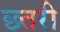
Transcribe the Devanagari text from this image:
छ्तरी